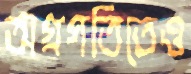
অগ্রগতিতেও